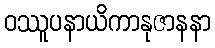
ဝဿူပနာယိကာနုဇာနနာ